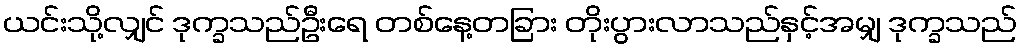
ယင်းသို့လျှင် ဒုက္ခသည်ဦးရေ တစ်နေ့တခြား တိုးပွားလာသည်နှင့်အမျှ ဒုက္ခသည်